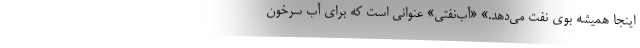
اينجا هميشه بوي نفت مي‌دهد.» «آب‌نفتي» عنواني است كه براي آب سرخون